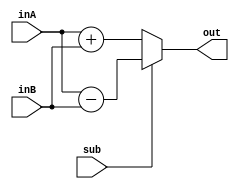
module AddSubtract(inA,inB,sub,out);
	parameter n = 8;
	input [n-1:0]inA,inB;
	input sub;
	output [n-1:0]out;
	
assign out = sub? (inA-inB) : (inA+inB);

endmodule